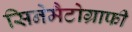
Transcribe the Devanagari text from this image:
सिनेमैटोग्राफी